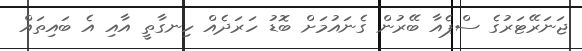
ޖަނަރޭޓަރުގެ ސްޕެއާ ބޭރުން ގެނައުމަށް ބޮޑު ހަރަދެއް ހިނގާތީ އާއި އެ ބައިތައް